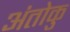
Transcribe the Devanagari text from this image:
अंतोकु